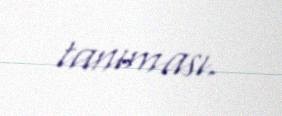
tanıması.